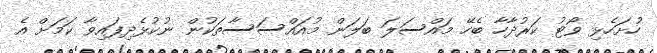
ހުށަހެޅި ވޯޓު ކަރުދާހާ ބެހޭ މައްސަލަ ބަލަން މުއައްސަސާތަކުން ނުކުޅެދިފައިވާ ކަމަށް އެ